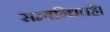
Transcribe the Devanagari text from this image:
सम्बन्धितहै।